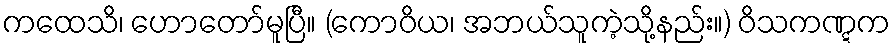
ကထေသိ၊ ဟောတော်မူပြီ။ (ကောဝိယ၊ အဘယ်သူကဲ့သို့နည်း။) ဝိသကဏ္ဋက